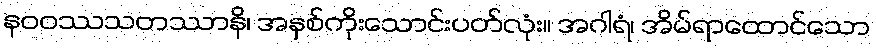
နဝဝဿသတဿာနိ၊ အနှစ်ကိုးသောင်းပတ်လုံး။ အဂါရံ၊ အိမ်ရာထောင်သော